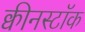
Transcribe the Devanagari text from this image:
क्वीनस्टॉक